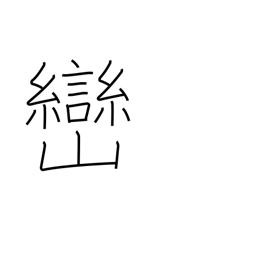
Meaning: small peak